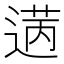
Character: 𫈡